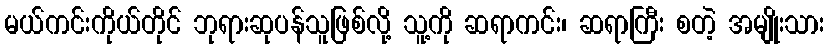
မယ်ကင်းကိုယ်တိုင် ဘုရားဆုပန်သူဖြစ်လို့ သူ့ကို ဆရာကင်း၊ ဆရာကြီး စတဲ့ အမျိုးသား